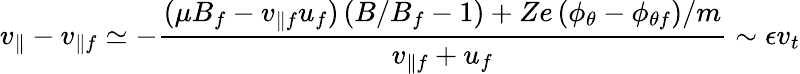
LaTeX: v_{\parallel}-v_{\parallel f}\simeq-\frac{(\mu B_{f}-v_{\parallel f}u_{f})\left(B/B_{f}-1\right)+Ze\left(\phi_{\theta}-\phi_{\theta f}\right)/m}{v_{\parallel f}+u_{f}}\sim\epsilon v_{t}